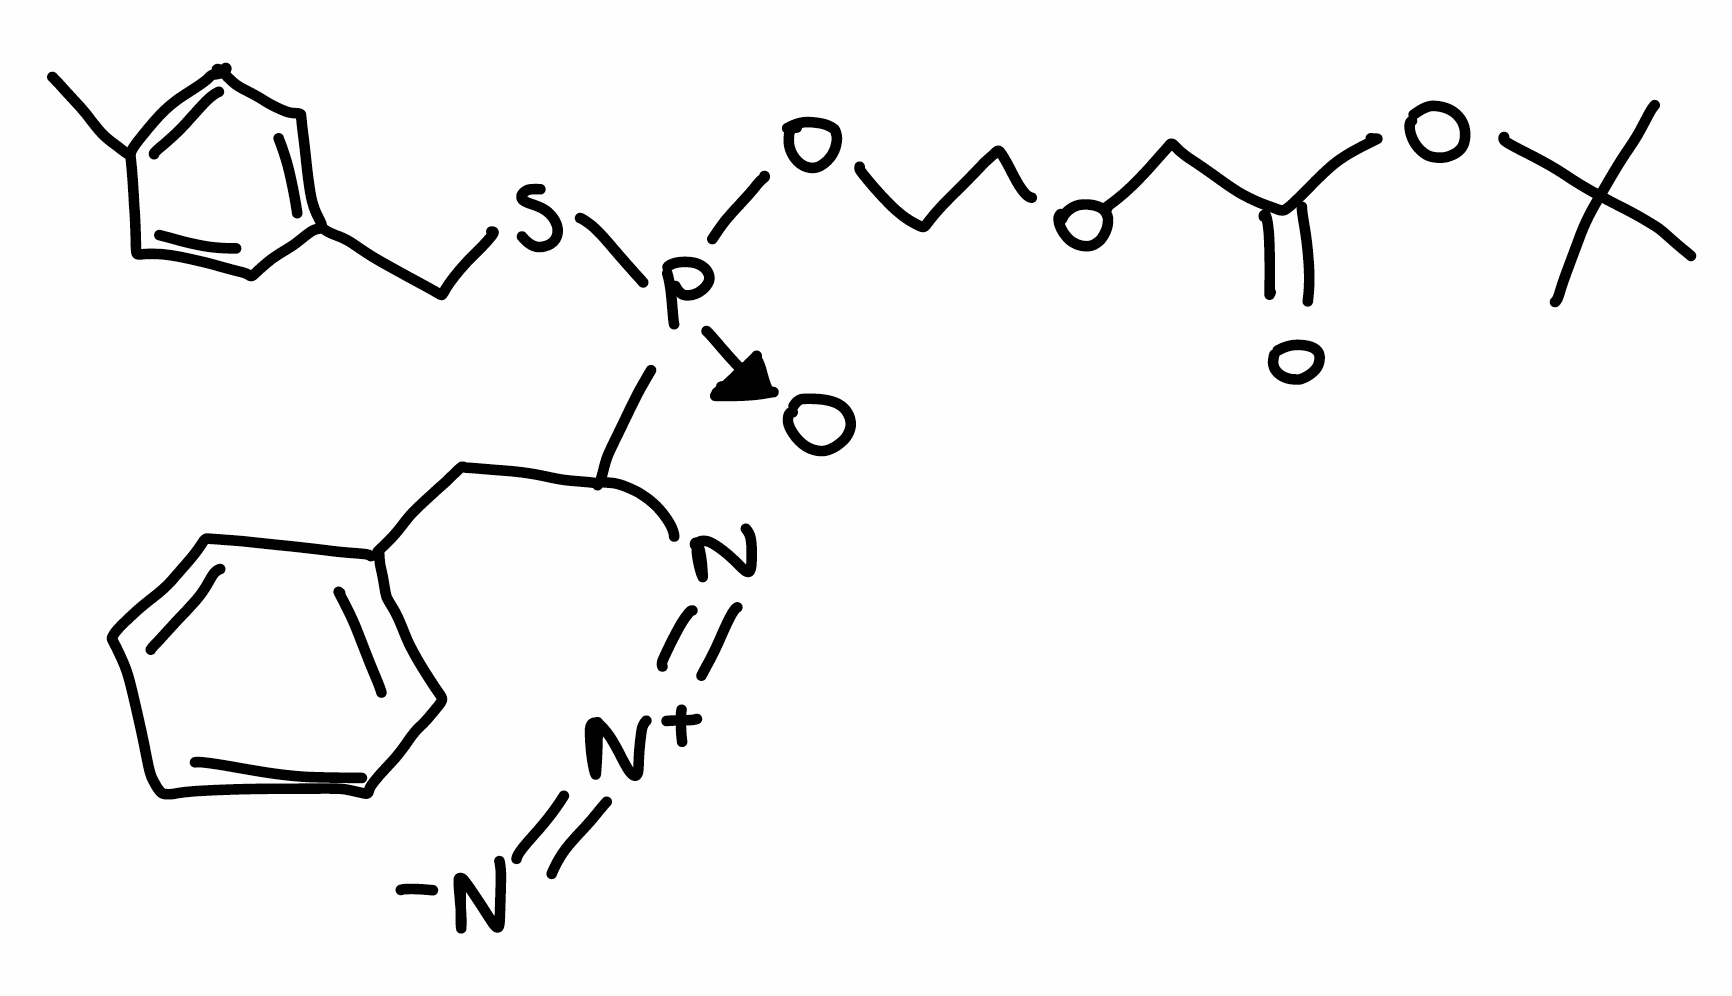
Simplified molecular-input line-entry system (SMILES) notation of the given molecule:
CC1=CC=C(C=C1)CS[P+](C(CC2=CC=CC=C2)N=[N+]=[N-])([O-])OCCOCC(=O)OC(C)(C)C